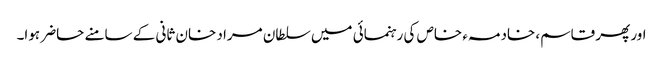
اور پھر قاسم، خادمہء خاص کی رہنمائی میں سلطان مراد خان ثانی کے سامنے حاضر ہوا۔